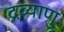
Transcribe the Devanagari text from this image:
द्रव्याणु